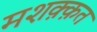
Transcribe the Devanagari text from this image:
मशक़्क़त